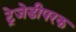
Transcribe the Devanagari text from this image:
ट्रेजेडीपरक